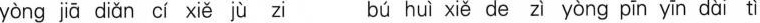
yòng jā diǎn cí xiě jù zi bú huì xiě de zì yòng pīn yīn dài tì